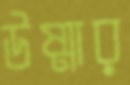
উষ্মার